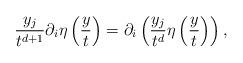
LaTeX: \begin{align*}\frac{y_j}{t^{d+1}}\partial _i\eta \left(\frac{y}{t} \right)= \partial _i\left (\frac{y_j}{t^d}\eta \left(\frac{y}{t} \right) \right ),\end{align*}